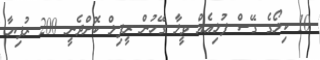
10 ކިލޯގެ ގޭސް ފުޅިއެއް ވީލާ ގޭހުން ރީފިލް ކޮށްދެނީ 200 ރުފިޔާ